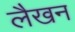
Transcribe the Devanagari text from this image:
लैखन